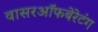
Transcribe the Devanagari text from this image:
वासरऑफबेरेटंग